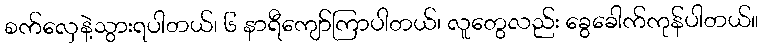
စက်လှေနဲ့သွားရပါတယ်၊ ၆ နာရီကျော်ကြာပါတယ်၊ လူတွေလည်း ခွေခေါက်ကုန်ပါတယ်။